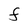
Character: F